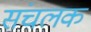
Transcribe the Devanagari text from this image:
संचलक